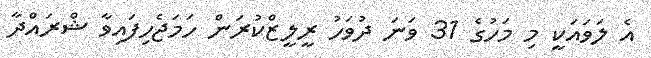
އެ ލަވައަކީ މި މަހުގެ 31 ވަނަ ދުވަހު ރީލީޒްކުރަން ހަމަޖެހިފައިވާ ޝްރައްދާ